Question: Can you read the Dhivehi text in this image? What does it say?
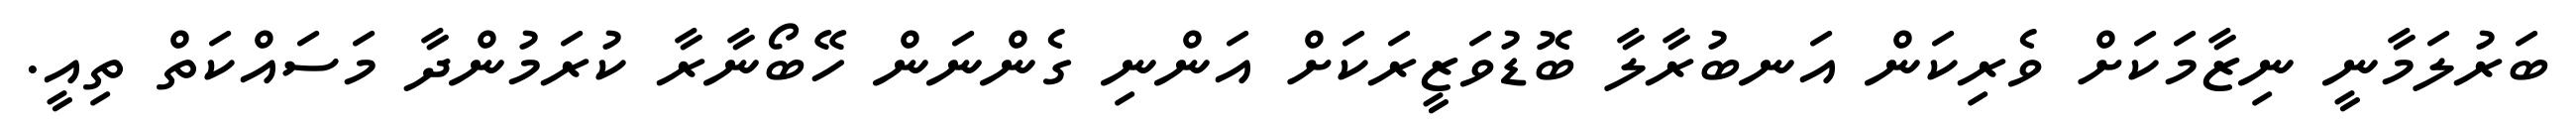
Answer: ބަރުލަމާނީ ނިޒާމަކަށް ވެރިކަން އަނބުރާލާ ބޮޑުވަޒީރަކަށް އަންނި ގެންނަން ހޭބޯނާރާ ކުރަމުންދާ މަސައްކަތް ތިއީ.